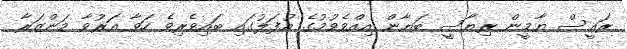
ރައީސް ޔާމީން ރިޔާސީ ބަޔާން އިއްވެވުމުގެ އުފަލުގައި ބައިވެރިވެ ހަވާ އަރުވާ މަންޒަރާ